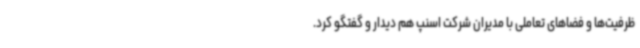
ظرفیت‌ها و فضاهای تعاملی با مدیران شرکت اسنپ هم دیدار و گفتگو کرد.